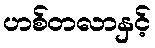
ဟစ်တလာနှင့်